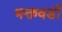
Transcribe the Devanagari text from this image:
भक्तवडी